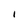
Character: I